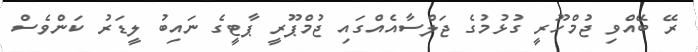
ރޭ ބޭއްވި ޖުމްހޫރީ ގުޅުމުގެ ޖަލްސާއެއްގައި ޖުމްޕޫރީ ޕާޓީގެ ނައިބު ލީޑަރު ކަންވެސް